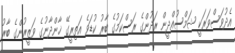
އެދުވަސްވަރަކީ ޝަމްސުއްދީން ރަދުންގެ ރަސްކަމުގެ ބާރު ކުޑަވެ އަތިރީގޭ ޚާންދާނުގެ ވަޒީރުންގެ ބާރު